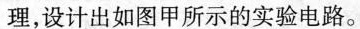
理，设计出如图甲所示的实验电路。